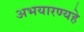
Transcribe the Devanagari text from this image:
अभयारण्यहे